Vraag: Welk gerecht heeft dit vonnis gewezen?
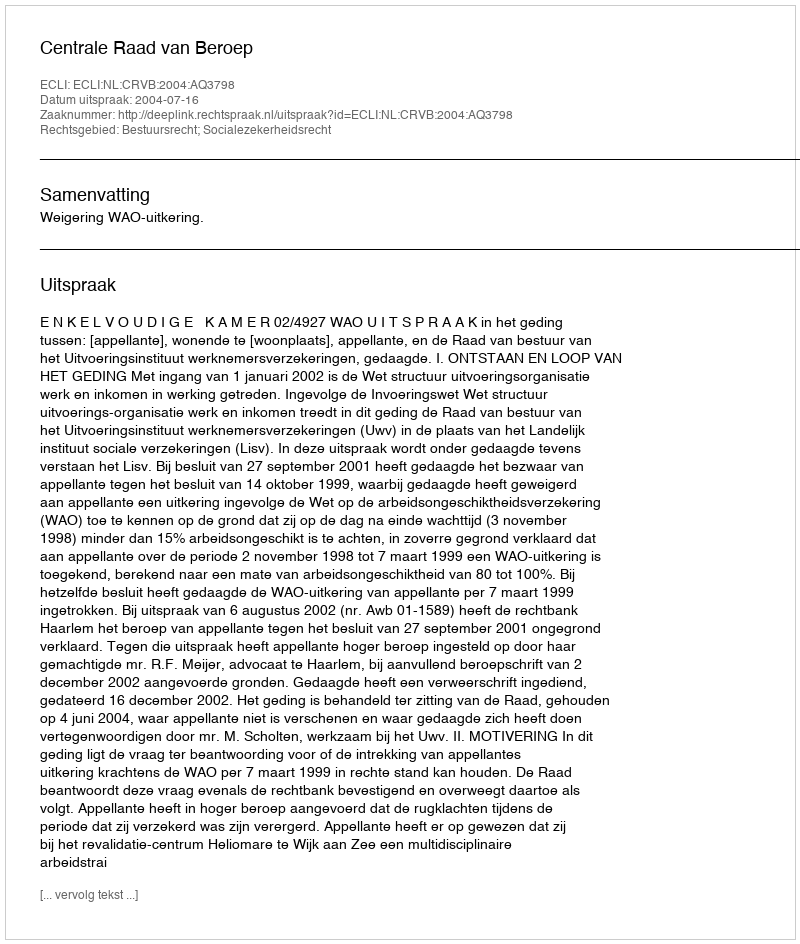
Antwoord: Centrale Raad van Beroep